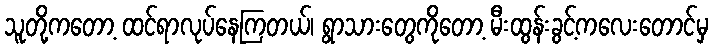
သူတို့ကတော့ ထင်ရာလုပ်နေကြတယ်၊ ရွာသားတွေကိုတော့ မီးထွန်းခွင့်ကလေးတောင်မှ